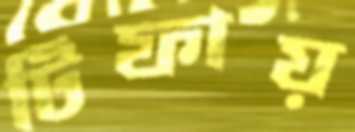
টিফায়